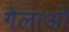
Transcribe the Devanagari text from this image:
गेलाओ